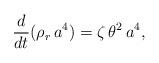
LaTeX: \begin{align*}\frac{d}{dt}(\rho_r\,a^4)=\zeta\, \theta^2\,a^4,\end{align*}